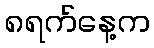
၈ရက်နေ့က